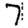
Digit: 7